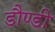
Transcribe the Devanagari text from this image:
डौण्डी